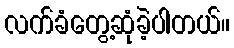
လက်ခံတွေ့ဆုံခဲ့ပါတယ်။